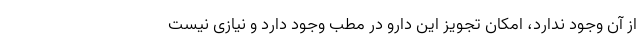
از آن وجود ندارد، امکان تجویز این دارو در مطب وجود دارد و نیازی نیست